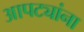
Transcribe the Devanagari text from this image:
आपट्यांना